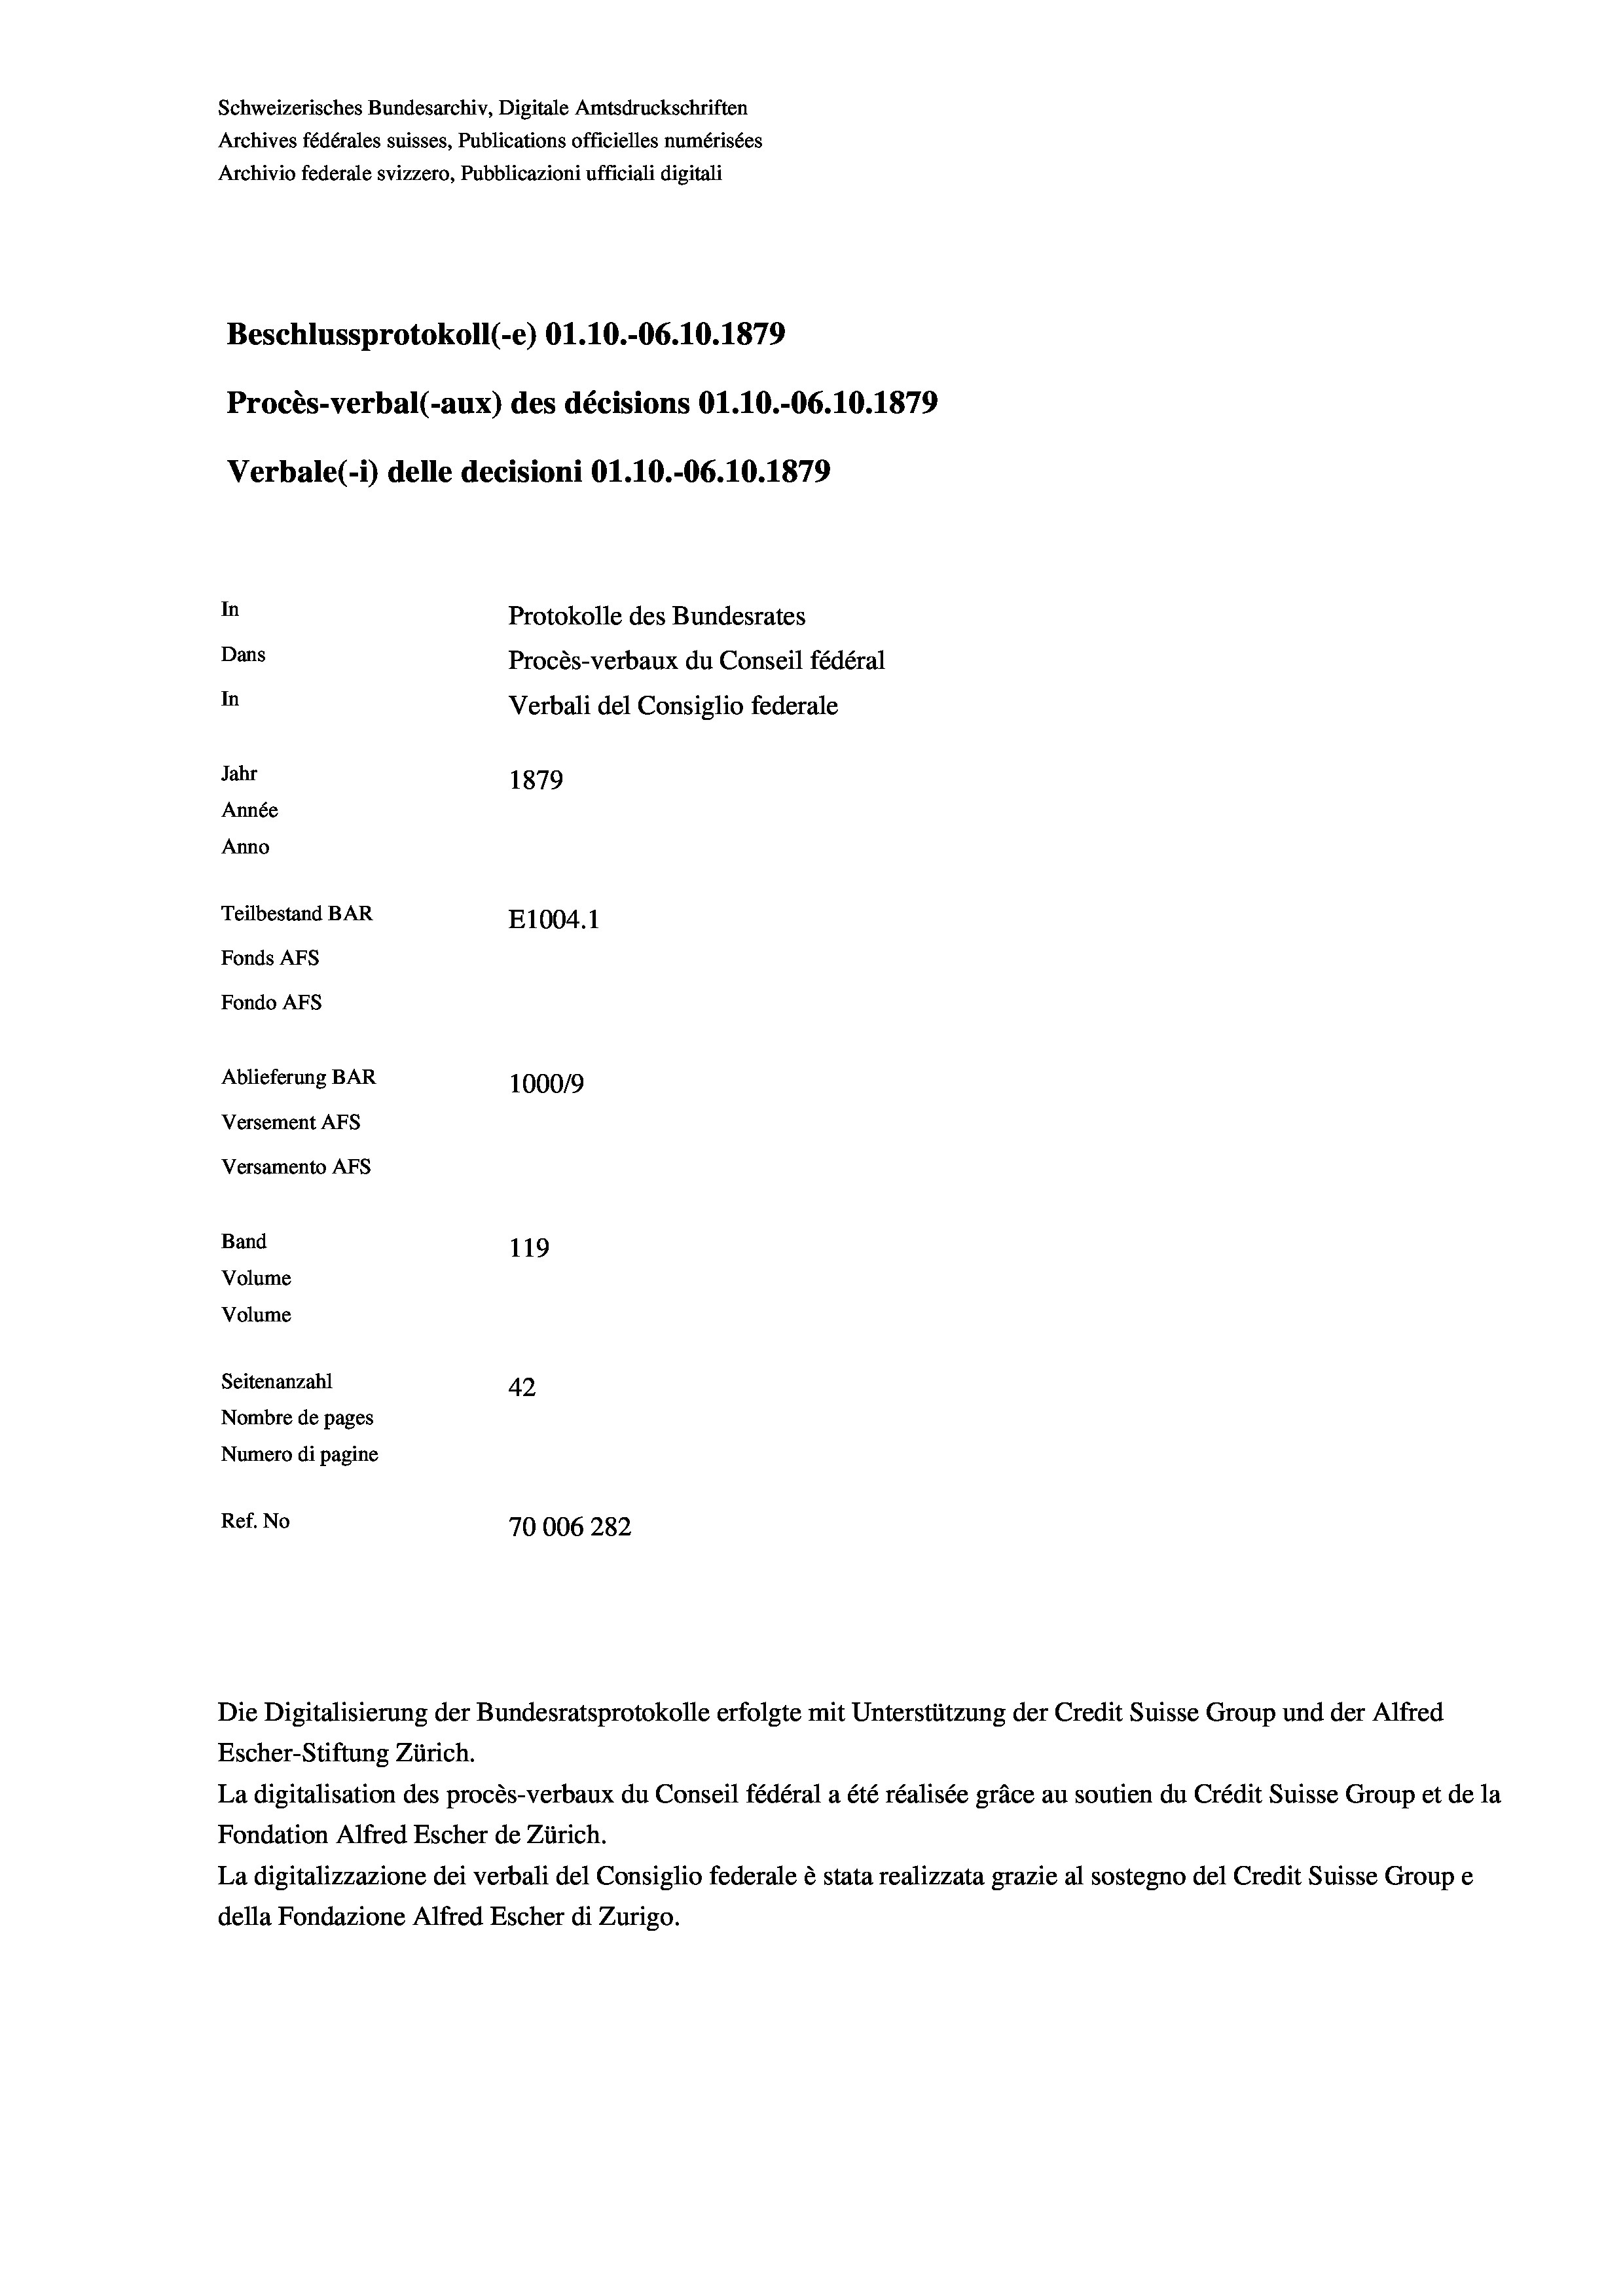
Schweizerisches Bundesarchiv, Digitale Amtsdruckschriften
Archives fédérales suisses, Publications officielles numérisées
Archivio federale svizzero, Pubblicazioni ufficiali digitali
Beschlussprotokoll (-e) O1.10.-06.10.1879
Procès-verbal (-aux) des décisions O1.10.-06.10.1879
Verbale (i) delle decisioni Ol.10.-06.10.1879
In
Protokolle des Bundesrates
Dans
Procès-verbaux du Conseil fédéral
In
Verbali del Consiglio federale
Jahr
1879
Année
Anno
Teilbestand BAR
E1004. 1
Fonds AFs
Fondo AFs
Ablieferung BAR
1000/9
Versement AFs
Versamento AFS
Band
119
Volume
Volume
Seitenanzahl
42
Nombre de pages
Numero di pagine

Ref. No
70006 282

Escher-Stiftung Zürich.
La digitalisation des procès-verbaux du Conseil fédéral a été réalisée gräce au soutien du Crédit Suisse Group et de la
Fondation Alfred Escher de Zürich.
La digitalizzazione dei verbali del Consiglio federale è stata realizzata grazie al sostegno del Credit Suisse Groupe
della Fondazione Alfred Escher di Zurigo.

Die Digitalisierung der Bundesratsprotokolle erfolgte mit Unterstützung der Credit Suisse Group und der Alfred